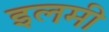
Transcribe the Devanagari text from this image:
इलमी